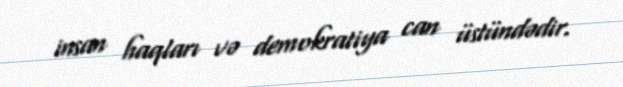
insan haqları və demokratiya can üstündədir.